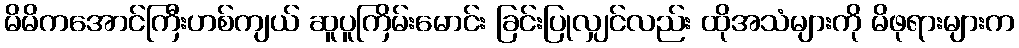
မိမိကအောင်ကြီးဟစ်ကျယ် ဆူပူကြိမ်းမောင်း ခြင်းပြုလျှင်လည်း ထိုအသံများကို မိဖုရားများက